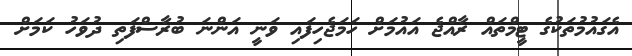
އެގައުމުތަކުގެ ޓީމްތައް ރާއްޖެ އައުމަށް ހަމަޖެހިފައި ވަނީ އަންނަ ބުރާސްފަތި ދުވަހު ކަމަށް